Cholera in southern India
Disease focus: Cholera
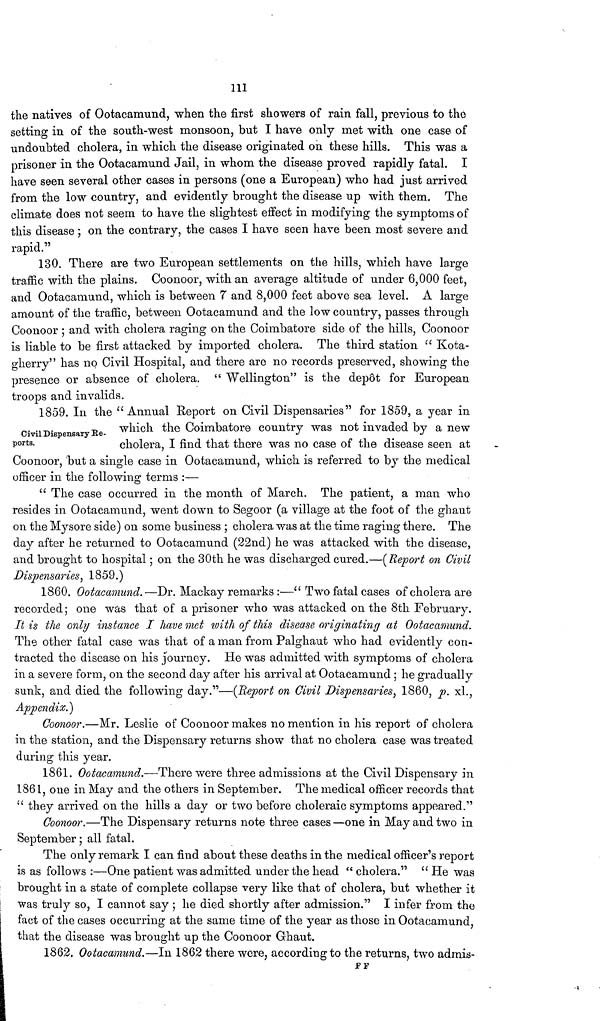
111
the natives of Ootacamund, when the first showers of rain fall, previous to the
setting in of the south-west monsoon, but I have only met with one case of
undoubted cholera, in which the disease originated on these hills. This was a
prisoner in the Ootacamund Jail, in whom the disease proved rapidly fatal. I
have seen several other cases in persons (one a European) who had just arrived
from the low country, and evidently brought the disease up with them. The
climate does not seem to have the slightest effect in modifying the symptoms of
this disease ; on the contrary, the cases I have seen have been most severe and
rapid."
130. There are two European settlements on the hills, which have large
traffic with the plains. Coonoor, with an average altitude of under 6,000 feet,
and Ootacamund, which is between 7 and 8,000 feet above sea level. A large
amount of the traffic, between Ootacamund and the low country, passes through
Coonoor ; and with cholera raging on the Coimbatore side of the hills, Coonoor
is liable to be first attacked by imported cholera. The third station " Kota-
gherry" has no Civil Hospital, and there are no records preserved, showing the
presence or absence of cholera. " Wellington" is the depot for European
troops and invalids.
Civil Dispensary Re-
ports.
1859. In the "Annual Report on Civil Dispensaries" for 1859, a year m
which the Coimbatore country was not invaded by a new
cholera, I find that there was no case of the disease seen at
Coonoor, but a single case in Ootacamund, which is referred to by the medical
officer in the following terms :—
" The case occurred in the month of March. The patient, a man who
resides in Ootacamund, went down to Segoor (a village at the foot of the ghaut
on the Mysore side) on some business ; cholera was at the time raging there. The
day after he returned to Ootacamund (22nd) he was attacked with the disease,
and brought to hospital ; on the 30th he was discharged cured.—(Report on Civil
Dispensaries, 1859.)
1860. Ootacamund.—Dr. Mackay remarks :—" Two fatal cases of cholera are
recorded ; one was that of a prisoner who was attacked on the 8th February.
It is the only instance I have met with of this disease originating at Ootacamund.
The other fatal case was that of a man from Palghaut who had evidently con-
tracted the disease on his journey. He was admitted with symptoms of cholera
in a severe form, on the second day after his arrival at Ootacamund ; he gradually
sunk, and died the following day."—(Report on Civil Dispensaries, 1860, p. xl.,
Appendix.)
Coonoor.—Mr. Leslie of Coonoor makes no mention in his report of cholera
in the station, and the Dispensary returns show that no cholera case was treated
during this year.
1861. Ootacamund.—There were three admissions at the Civil Dispensary in
1861, one in May and the others in September. The medical officer records that
" they arrived on the hills a day or two before choleraic symptoms appeared."
Coonoor.—The Dispensary returns note three cases—one in May and two in
September ; all fatal.
The only remark I can find about these deaths in the medical officer's report
is as follows :—One patient was admitted under the head " cholera." " He was
brought in a state of complete collapse very like that of cholera, but whether it
was truly so, I cannot say ; he died shortly after admission." I infer from the
fact of the cases occurring at the same time of the year as those in Ootacamund,
that the disease was brought up the Coonoor Ghaut.
1862. Ootacamund.—In 1862 there were, according to the returns, two admis-
F F